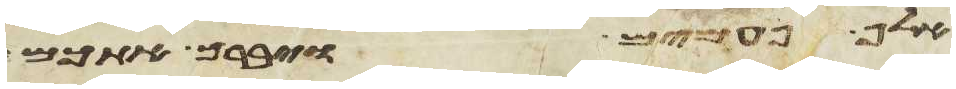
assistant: אלף פעמים ויברך אתכם